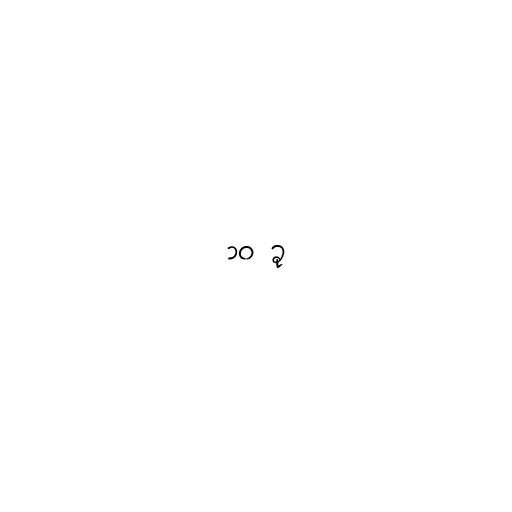
၁၀ ခု